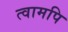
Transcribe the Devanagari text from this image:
त्वामपि